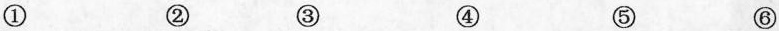
① ② ③ ④ ⑤ ⑥